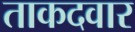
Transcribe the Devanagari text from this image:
ताकदवार